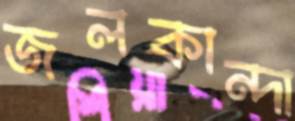
জলকান্দা